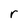
Character: r